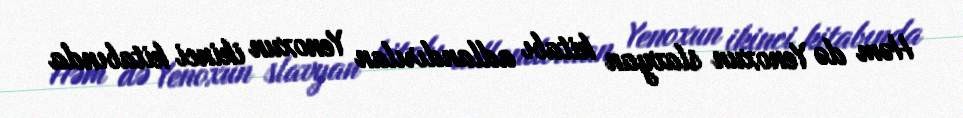
Həm də Yenoxun slavyan kitabı adlandırılan Yenoxun ikinci kitabında